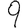
Digit: 9